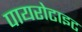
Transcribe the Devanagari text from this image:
पायरोटाइट